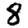
Digit: 8